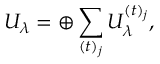
U _ { \lambda } = \oplus \sum _ { ( t ) _ { j } } U _ { \lambda } ^ { ( t ) _ { j } } ,